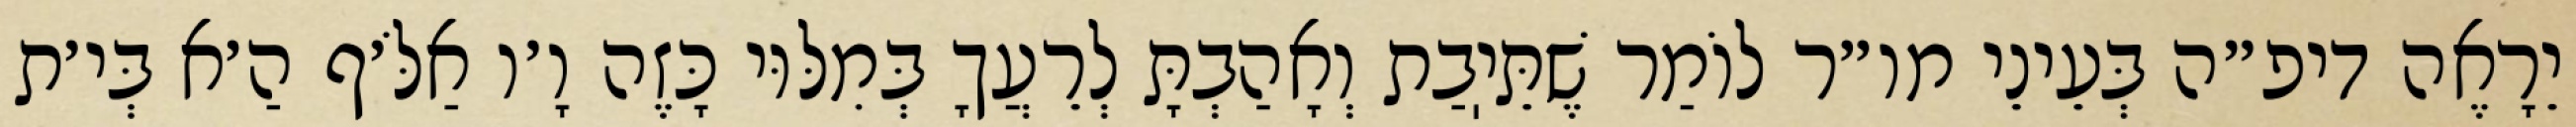
יֵרָאֶה דיפ״ה בְּעֵינֵי מו״ר לוֹמַר שֶׁתֵּיֽבַת וְאָהַבְתָּ לְרֵעֲךָ בְּמִלּוּי כָּזֶה וָ׳ו אַלֹּ׳ף הַ׳א בְּי׳ת